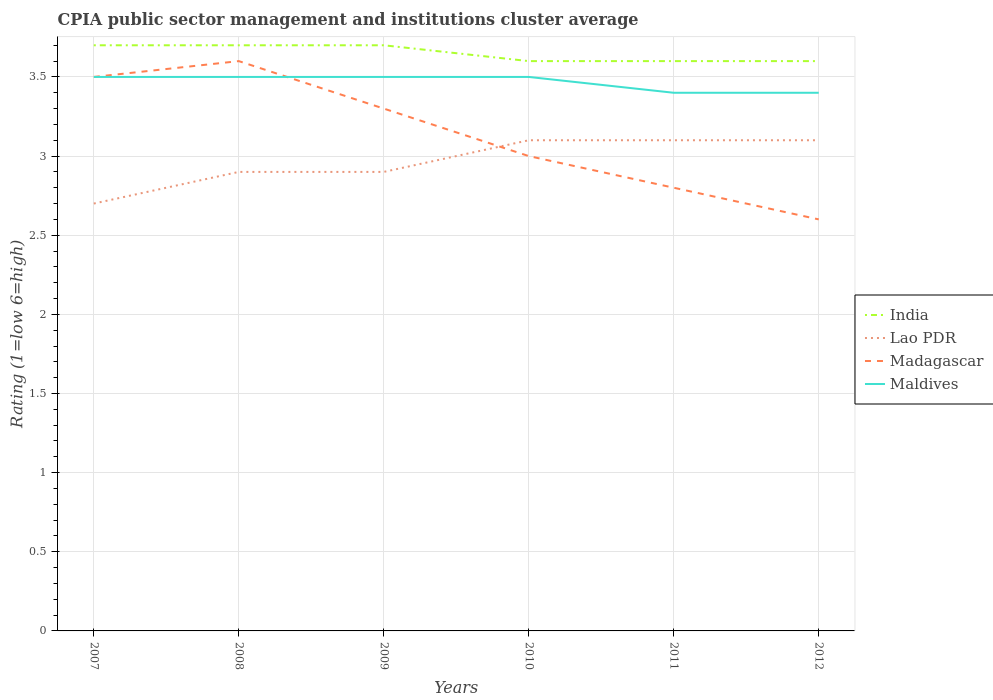
| Years | India | Lao PDR | Madagascar | Maldives |
 | --- | --- | --- | --- | --- |
 | 2007 | 3.7 | 2.7 | 3.5 | 3.5 |
 | 2008 | 3.7 | 2.9 | 3.6 | 3.5 |
 | 2009 | 3.7 | 2.9 | 3.3 | 3.5 |
 | 2010 | 3.6 | 3.1 | 3 | 3.5 |
 | 2011 | 3.6 | 3.1 | 2.8 | 3.4 |
 | 2012 | 3.6 | 3.1 | 2.6 | 3.4 |